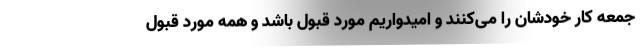
جمعه کار خودشان را می‌کنند و امیدواریم مورد قبول باشد و همه مورد قبول